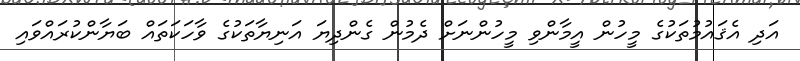
އަދި އެޤައުމުތަކުގެ މީހުން އީމާންވި މީހުންނަށް ދެމުން ގެންދިޔަ އަނިޔާތަކުގެ ވާހަކަތައް ބަޔާންކުރައްވައި